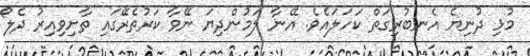
މުޅި ދުނިޔެ އެނބުރިގަތް ކަހަލައެވެ. އޭނާ ލަމުންދިޔަ ނޭވާ ކަރުތެރޭގައި ތާށިވިއިރު ދެލޯ